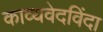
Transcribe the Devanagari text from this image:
काव्यवेदविंदा